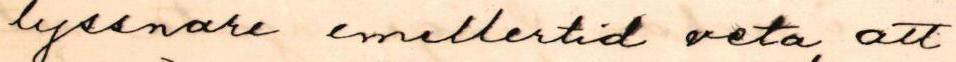
lyssnare emellertid veta, att